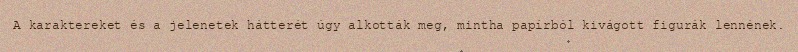
A karaktereket és a jelenetek hátterét úgy alkották meg, mintha papírból kivágott figurák lennének.